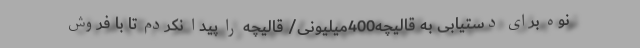
نوه برای دستیابی به قالیچه400میلیونی/ قالیچه را پیدا نکردم تا با فروش